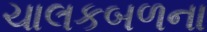
ચાલકબળના